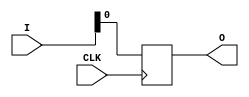
module programCounter(
    input [3:0] I,
    input CLK,
    output O
);
    reg [3:0] PC;
    always @(posedge CLK) begin
        PC <= I;
    end
    assign O = PC;
endmodule